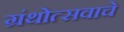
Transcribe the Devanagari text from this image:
ग्रंथोत्सवाचे